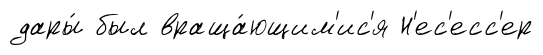
дары́ был враща́ющим'ис'я Н'ес'есс'ер